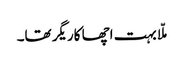
ملّا بہت اچھا کاریگر تھا۔